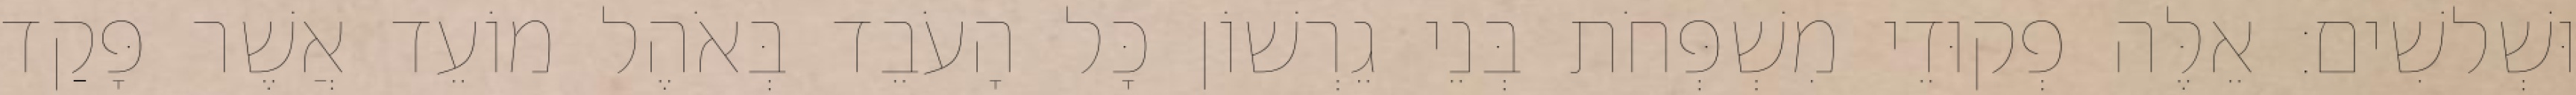
וּשְׁלשִׁים׃ אֵלֶּה פְקוּדֵי מִשְׁפְּחֹת בְּנֵי גֵרְשׁוֹן כָּל הָעֹבֵד בְּאֹהֶל מוֹעֵד אֲשֶׁר פָּקַד